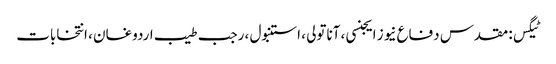
ٹیگس: مقدس دفاع نیوز ایجنسی ، آناتولی ، استنبول ، رجب طیب اردوغان ، انتخابات